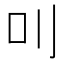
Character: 𠮧